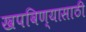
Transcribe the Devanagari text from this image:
खपविण्यासाठी